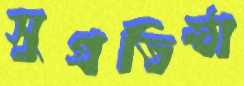
সুপ্রতিষ্ঠা